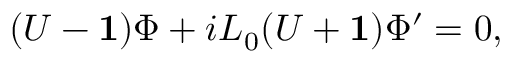
( U - { \bf 1 } ) \Phi + i L _ { 0 } ( U + { \bf 1 } ) \Phi ^ { \prime } = 0 ,